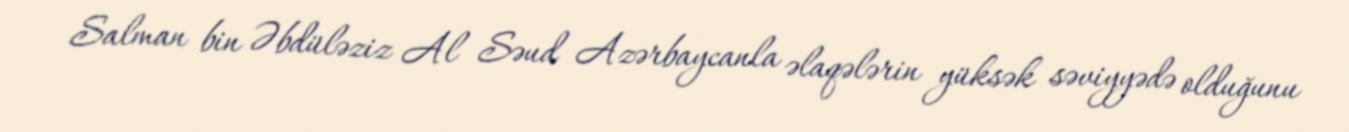
Salman bin Əbdüləziz Al Səud Azərbaycanla əlaqələrin yüksək səviyyədə olduğunu